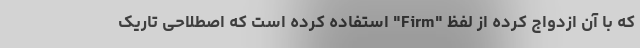
که با آن ازدواج کرده از لفظ "Firm" استفاده کرده است که اصطلاحی تاریک